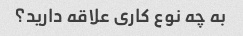
به چه نوع کاری علاقه دارید؟